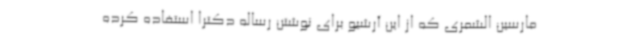
مارسین الشمری که از این آرشیو برای نوشتن رساله دکترا استفاده کرده